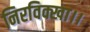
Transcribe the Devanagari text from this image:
निरविक्खा।।